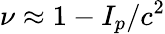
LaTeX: \nu\approx 1-I_{p}/c^{2}